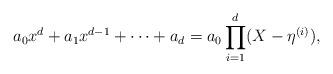
LaTeX: \begin{align*}a_0x^d+a_1x^{d-1}+\cdots+a_d=a_0\prod_{i=1}^{d}(X-\eta^{(i)}),\end{align*}